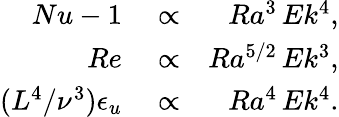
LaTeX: \begin{array}{rlr}{Nu-1}&{{}\propto}&{Ra^{3}\, Ek^{4},}\\ {Re}&{{}\propto}&{Ra^{5/2}\, Ek^{3},}\\ {(L^{4}/\nu^{3})\epsilon_{u}}&{{}\propto}&{Ra^{4}\, Ek^{4}.}\end{array}